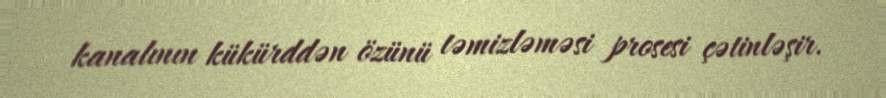
kanalının kükürddən özünü təmizləməsi prosesi çətinləşir.